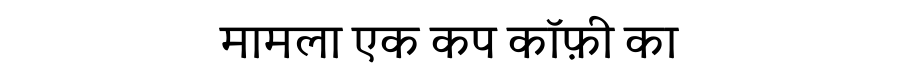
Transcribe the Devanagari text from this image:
मामला एक कप कॉफ़ी का